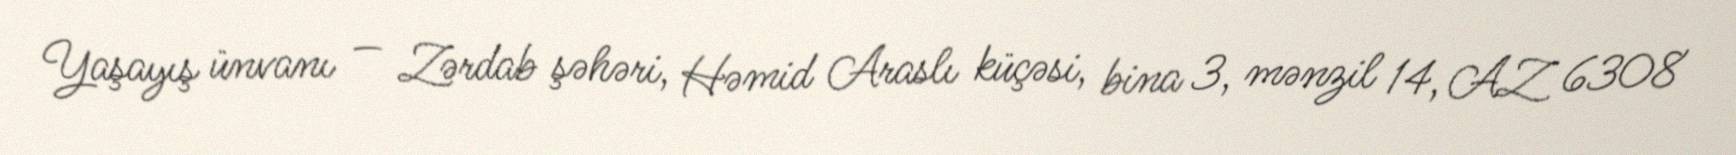
Yaşayış ünvanı — Zərdab şəhəri, Həmid Araslı küçəsi, bina 3, mənzil 14, AZ 6308